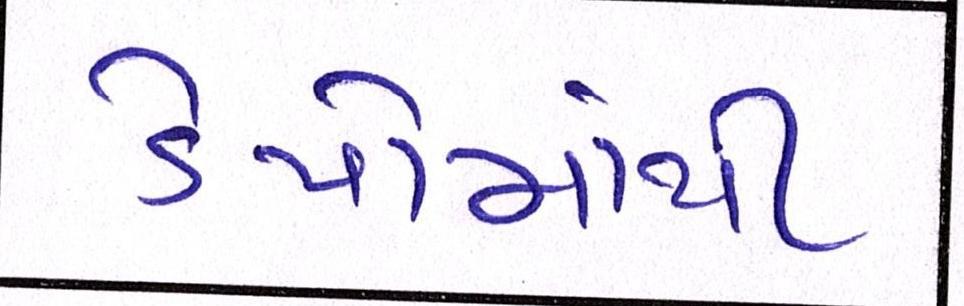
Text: ડેપોમાંથી